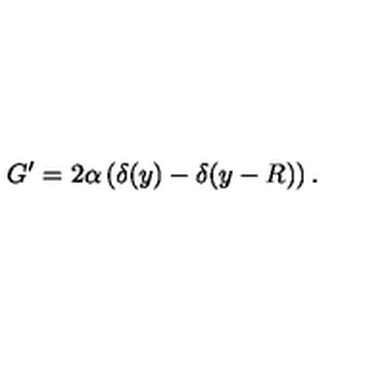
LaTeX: G ^ { \prime } = 2 \alpha \left( \delta ( y ) - \delta ( y - R ) \right) .